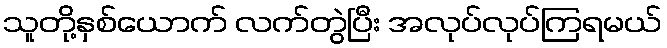
သူတို့နှစ်ယောက် လက်တွဲပြီး အလုပ်လုပ်ကြရမယ်